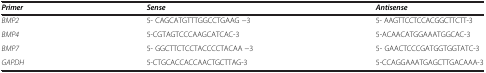
<table><thead><tr><td><b><i>Primer</i></b></td><td><b><i>Sense</i></b></td><td><b><i>Antisense</i></b></td></tr></thead><tbody><tr><td><i>BMP2</i></td><td>5- CAGCATGTTTGGCCTGAAG −3</td><td>5- AAGTTCCTCCACGGCTTCTT-3</td></tr><tr><td><i>BMP4</i></td><td>5-CGTAGTCCCAAGCATCAC-3</td><td>5-ACAACATGGAAATGGCAC-3</td></tr><tr><td><i>BMP7</i></td><td>5- GGCTTCTCCTACCCCTACAA −3</td><td>5- GAACTCCCGATGGTGGTATC-3</td></tr><tr><td><i>GAPDH</i></td><td>5-CTGCACCACCAACTGCTTAG-3</td><td>5-CCAGGAAATGAGCTTGACAAA-3</td></tr></tbody></table>